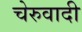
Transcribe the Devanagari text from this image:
चेरुवादी